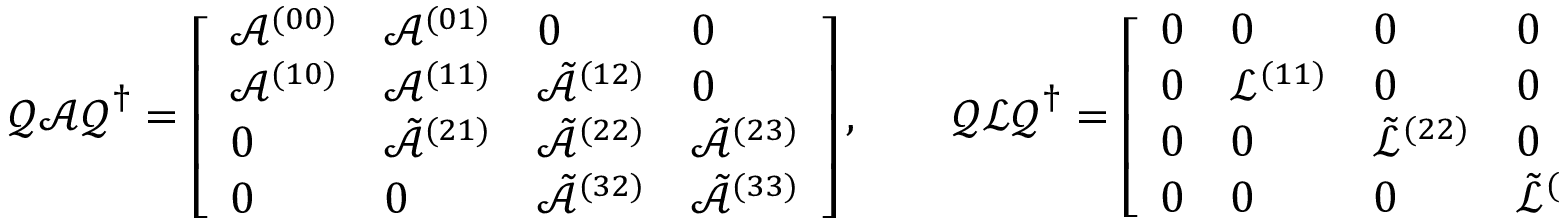
\boldsymbol { \mathcal { Q } } \boldsymbol { \mathcal { A } } \boldsymbol { \mathcal { Q } } ^ { \dagger } = \left[ \begin{array} { l l l l } { \mathcal { A } ^ { ( 0 0 ) } } & { \mathcal { A } ^ { ( 0 1 ) } } & { 0 } & { 0 } \\ { \mathcal { A } ^ { ( 1 0 ) } } & { \mathcal { A } ^ { ( 1 1 ) } } & { \tilde { \mathcal { A } } ^ { ( 1 2 ) } } & { 0 } \\ { 0 } & { \tilde { \mathcal { A } } ^ { ( 2 1 ) } } & { \tilde { \mathcal { A } } ^ { ( 2 2 ) } } & { \tilde { \mathcal { A } } ^ { ( 2 3 ) } } \\ { 0 } & { 0 } & { \tilde { \mathcal { A } } ^ { ( 3 2 ) } } & { \tilde { \mathcal { A } } ^ { ( 3 3 ) } } \end{array} \right] , \qquad \boldsymbol { \mathcal { Q } } \boldsymbol { \mathcal { L } } \boldsymbol { \mathcal { Q } } ^ { \dagger } = \left[ \begin{array} { l l l l } { 0 } & { 0 } & { 0 } & { 0 } \\ { 0 } & { \mathcal { L } ^ { ( 1 1 ) } } & { 0 } & { 0 } \\ { 0 } & { 0 } & { \tilde { \mathcal { L } } ^ { ( 2 2 ) } } & { 0 } \\ { 0 } & { 0 } & { 0 } & { \tilde { \mathcal { L } } ^ { ( 3 3 ) } } \end{array} \right] .